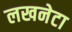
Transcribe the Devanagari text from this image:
लखनेटा